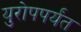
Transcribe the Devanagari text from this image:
युरोपपर्यंत